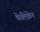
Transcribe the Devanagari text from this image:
केलिक्रेन